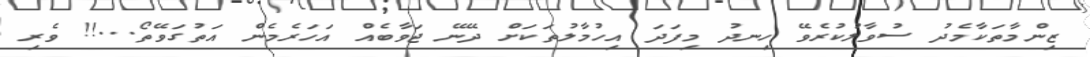
ޒިންމާތަކާމެދު ސުވާލުކުރެވޭ ހިނދު މިފަދަ އިހުމާލުތަކަށް ދޭނޭ ޖަވާބެއް އަހަރެމެން އަތުގަވޭތޯ...!! ވެރި